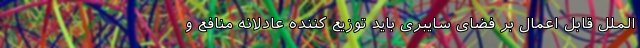
الملل قابل اعمال بر فضای سایبری باید توزیع کننده عادلانه منافع و